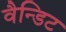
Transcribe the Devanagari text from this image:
वैन्डिट